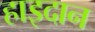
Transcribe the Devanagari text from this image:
हाइदान